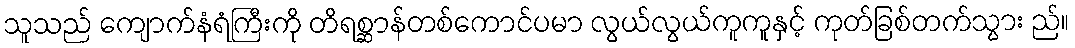
သူသည် ကျောက်နံရံကြီးကို တိရစ္ဆာန်တစ်ကောင်ပမာ လွယ်လွယ်ကူကူနှင့် ကုတ်ခြစ်တက်သွား ည်။